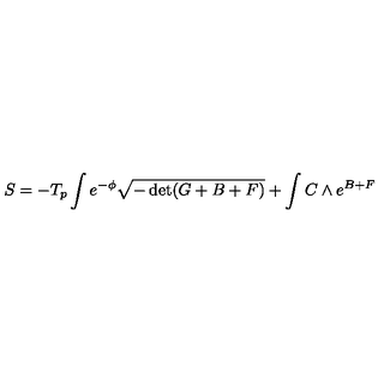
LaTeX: S = - T _ { p } \int e ^ { - \phi } \sqrt { - \det ( G + B + F ) } + \int C \wedge e ^ { B + F }